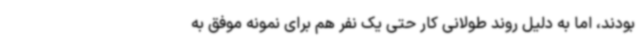
بودند، اما به دلیل روند طولانی کار حتی یک نفر هم برای نمونه موفق به